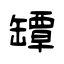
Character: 罈